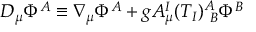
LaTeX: D _ { \mu } \Phi ^ { A } \equiv \nabla _ { \mu } \Phi ^ { A } + g A _ { \mu } ^ { I } ( T _ { I } ) _ { \, \, \, B } ^ { A } \Phi ^ { B }